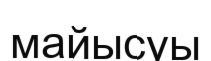
майысуы